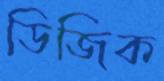
ডিজিক